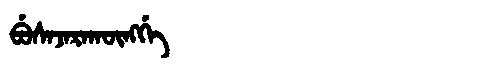
Manchu: ᠪᡠᠰᠠᠵᠠᡵᠠᡴᡡᠩᡤᡝ
Romanization: BUSAJARAKŪNGGE